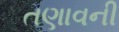
તણાવની